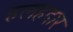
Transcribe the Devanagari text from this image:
हलहदार